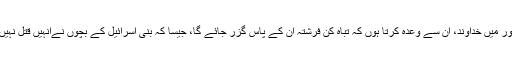
21 اور میں خداوند، ان سے وعدہ کرتا ہوں کہ تباہ کن فرشتہ ان کے پاس گزر جائے گا، جیسا کہ بنی اسرائیل کے بچوں نےاُنہیں قتل نہیں کیا ۔